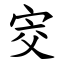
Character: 㝔